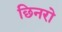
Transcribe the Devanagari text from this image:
छिनरो